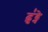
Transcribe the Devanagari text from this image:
ढु॑ढ्ने